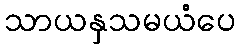
သာယနှသမယံပေ